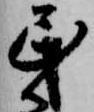
民